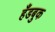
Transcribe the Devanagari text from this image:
हँडबुक